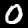
Digit: 0